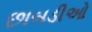
છાબડીઓ